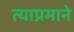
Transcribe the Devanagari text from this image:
त्याप्रमाने